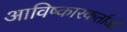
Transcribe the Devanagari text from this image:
आविष्कारकर्ताओं